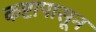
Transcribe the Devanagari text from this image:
कष्टापासून